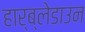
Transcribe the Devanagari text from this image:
हार्ब्लेडाउन